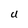
Character: U